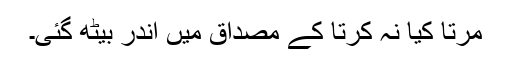
مرتا کیا نہ کرتا کے مصداق میں اندر بیٹھ گئی۔